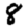
Digit: 8